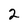
Character: 2